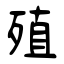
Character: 殖